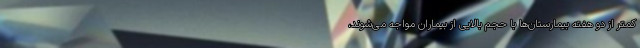
کمتر از دو هفته بیمارستان‌ها با حجم بالایی از بیماران مواجه می‌شوند،